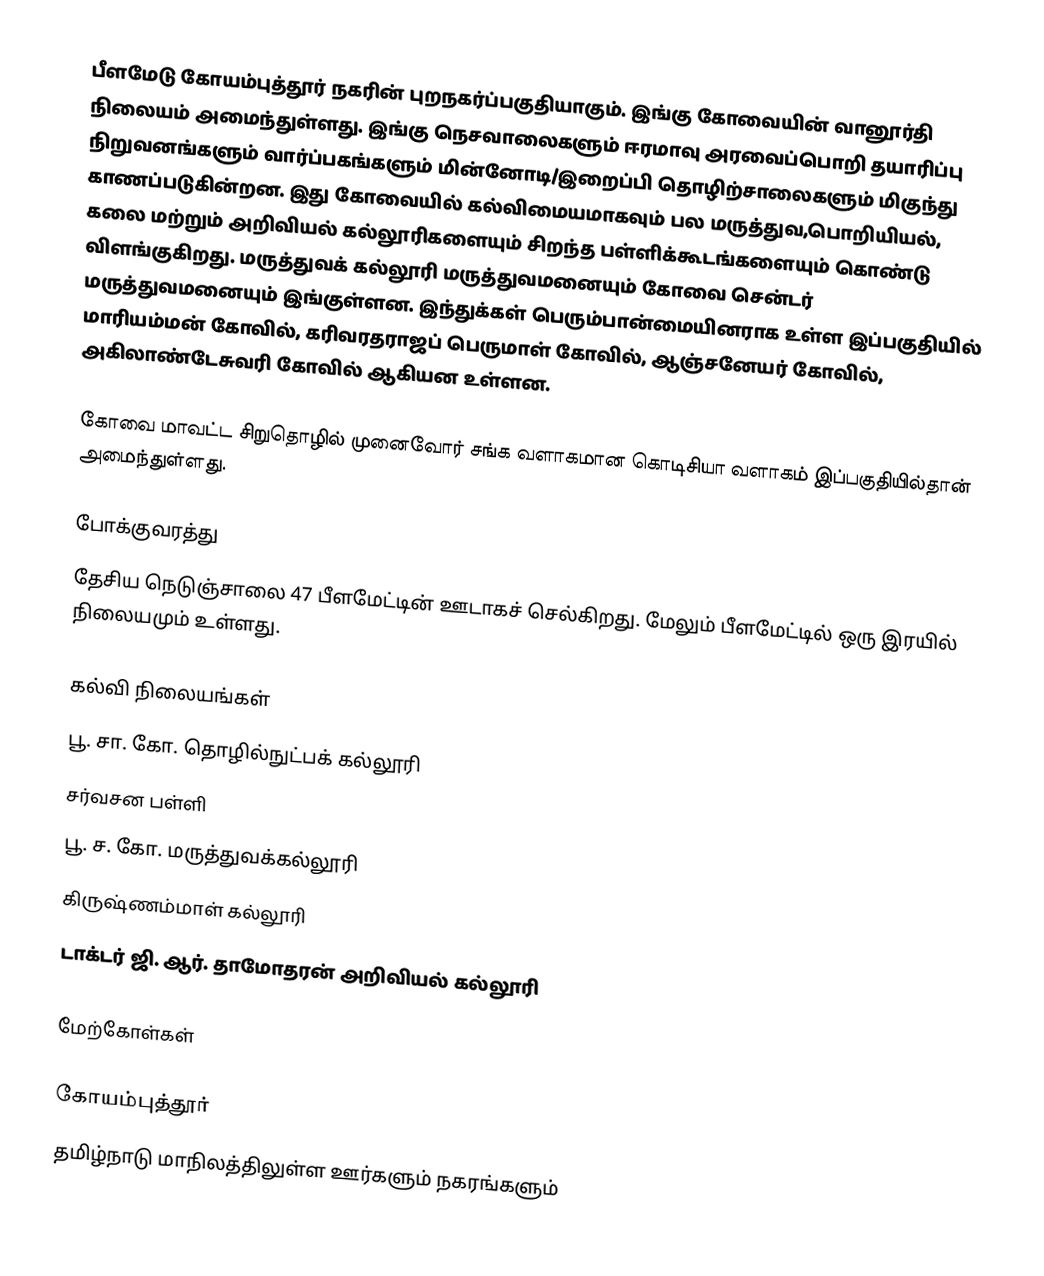
பீளமேடு  கோயம்புத்தூர் நகரின் புறநகர்ப்பகுதியாகும்.  இங்கு கோவையின் வானூர்தி நிலையம்  அமைந்துள்ளது. இங்கு நெசவாலைகளும் ஈரமாவு அரவைப்பொறி தயாரிப்பு நிறுவனங்களும் வார்ப்பகங்களும் மின்னோடி/இறைப்பி தொழிற்சாலைகளும் மிகுந்து காணப்படுகின்றன. இது கோவையில் கல்விமையமாகவும் பல மருத்துவ,பொறியியல், கலை மற்றும் அறிவியல் கல்லூரிகளையும் சிறந்த பள்ளிக்கூடங்களையும் கொண்டு விளங்குகிறது. மருத்துவக் கல்லூரி மருத்துவமனையும் கோவை சென்டர் மருத்துவமனையும் இங்குள்ளன. இந்துக்கள் பெரும்பான்மையினராக உள்ள இப்பகுதியில் மாரியம்மன் கோவில், கரிவரதராஜப் பெருமாள் கோவில், ஆஞ்சனேயர் கோவில், அகிலாண்டேசுவரி கோவில் ஆகியன உள்ளன.

கோவை மாவட்ட சிறுதொழில் முனைவோர் சங்க வளாகமான கொடிசியா வளாகம் இப்பகுதியில்தான் அமைந்துள்ளது.

போக்குவரத்து
தேசிய நெடுஞ்சாலை 47 பீளமேட்டின் ஊடாகச் செல்கிறது. மேலும் பீளமேட்டில் ஒரு இரயில் நிலையமும் உள்ளது.

கல்வி நிலையங்கள்
 பூ. சா. கோ. தொழில்நுட்பக் கல்லூரி
 சர்வசன பள்ளி
 பூ. ச. கோ. மருத்துவக்கல்லூரி
 கிருஷ்ணம்மாள் கல்லூரி
 டாக்டர் ஜி. ஆர். தாமோதரன் அறிவியல் கல்லூரி

மேற்கோள்கள்

கோயம்புத்தூர்
தமிழ்நாடு மாநிலத்திலுள்ள ஊர்களும் நகரங்களும்